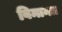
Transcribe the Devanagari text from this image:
विमानत